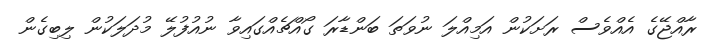
ރާއްޖޭގެ އެއްވެސް ރަށަކުން އަމިއްލަ ނުވަތަ ބަންޑާރަ ގޯއްޗެއްގައިވާ ނުއުފުލޭ މުދަލަކުން ލިބިގެން